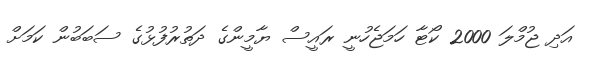
އަދި ޖުމްލަ 2000 ކޯޓާ ހަމަޖެހުނީ ރައީސް ޔާމީންގެ ދަތުރުފުޅުގެ ސަބަބުން ކަމަށް